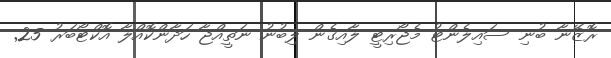
ރޮޒޭނާ ބުނި ސައިލެންޓު މެޖޯރިޓީ ލާއިގެން ލިބުނު ނަތީއްޖާ ހަދާންކޮއްލާ އޮކްޓޯބަރު 25